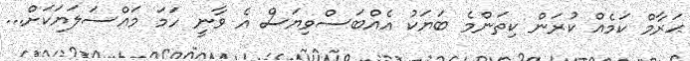
ޙަރާމް ކަމެއް ކުރަން ކިތަންމެ ބަޔަކު އެއްބަސްވިޔަސް އެ ވާނީ ހަމަ މައްސަލަޔަކަށް...